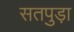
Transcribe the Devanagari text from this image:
सतपुड़ा़